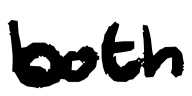
Text: both
Cross-out: clean
Writing tool: digital_black